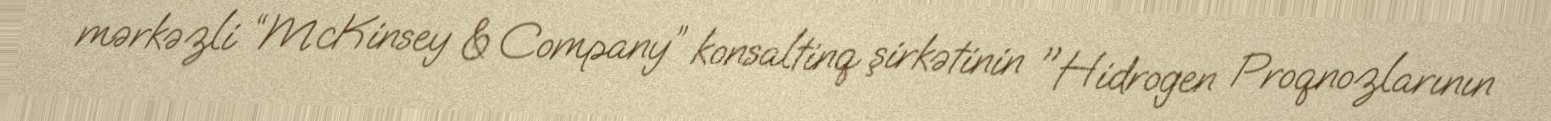
mərkəzli “McKinsey & Company” konsaltinq şirkətinin "Hidrogen Proqnozlarının